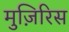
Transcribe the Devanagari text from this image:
मुज़िरिस